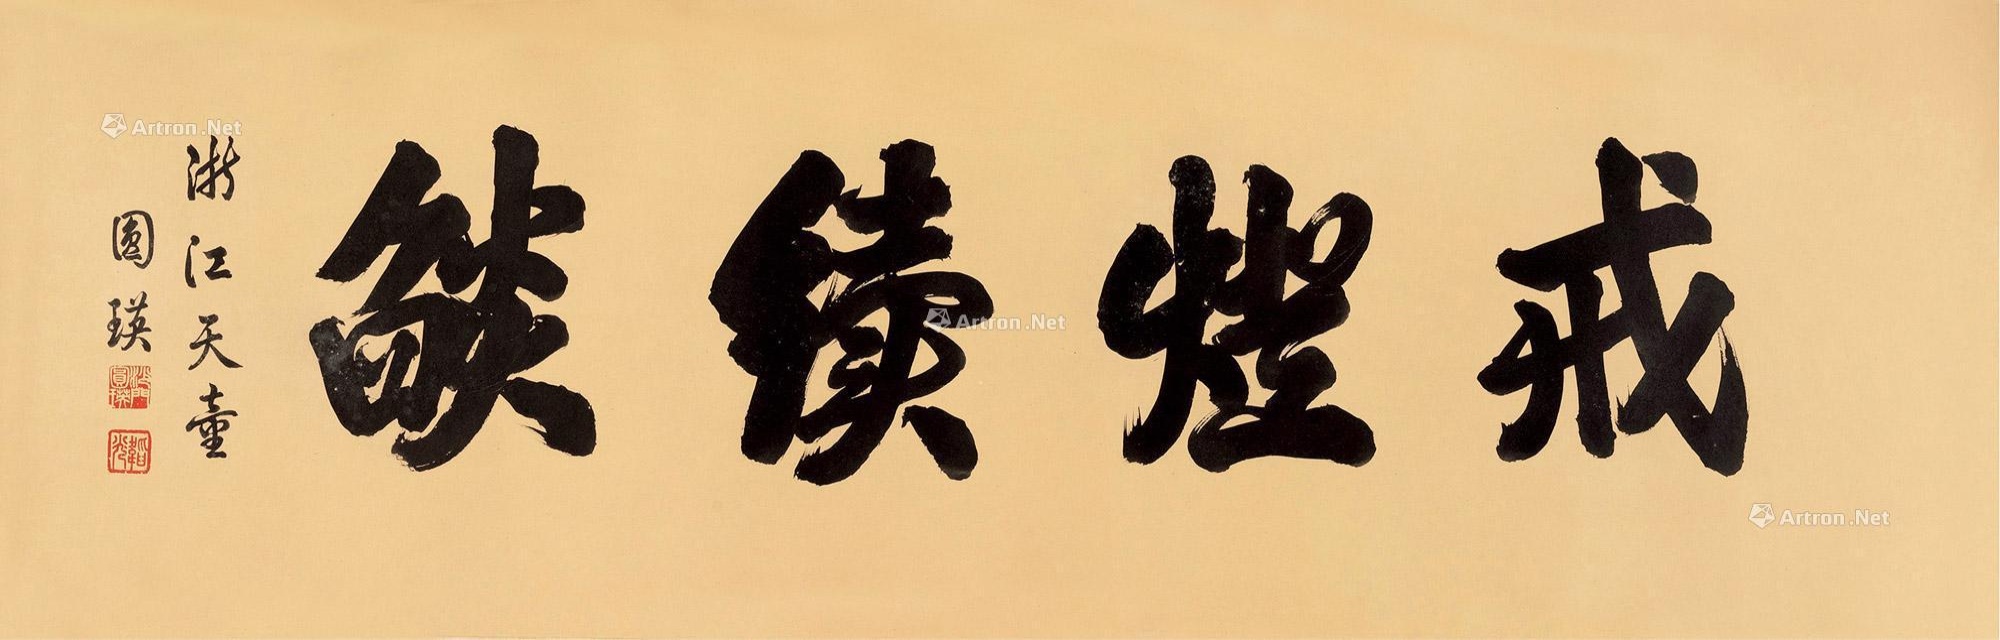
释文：戒灯续焰。浙江天童，圆瑛。